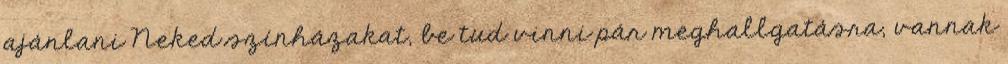
ajánlani Neked színházakat, be tud vinni pár meghallgatásra, vannak